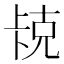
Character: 𫧱